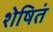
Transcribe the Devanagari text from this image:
शेषितं